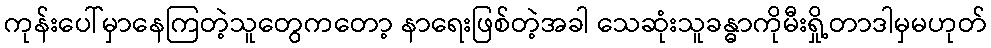
ကုန်းပေါ်မှာနေကြတဲ့သူတွေကတော့ နာရေးဖြစ်တဲ့အခါ သေဆုံးသူခန္ဓာကိုမီးရှို့တာဒါမှမဟုတ်